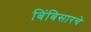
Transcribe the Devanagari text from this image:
बिंबिसारचे